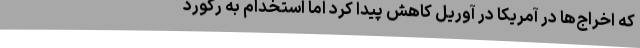
که اخراج‌ها در آمریکا در آوریل کاهش پیدا کرد اما استخدام به رکورد